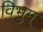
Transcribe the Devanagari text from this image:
विभुम्